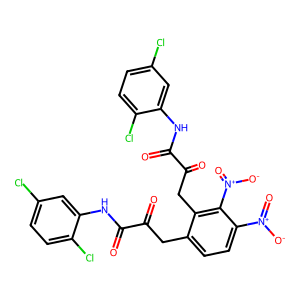
SMILES: O=C(Cc1ccc([N+](=O)[O-])c([N+](=O)[O-])c1CC(=O)C(=O)Nc1cc(Cl)ccc1Cl)C(=O)Nc1cc(Cl)ccc1Cl
Inhibits HIV replication: No